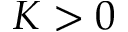
K > 0